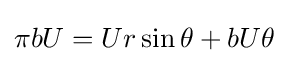
\pi bU=Ur\sin {\theta }+bU\theta